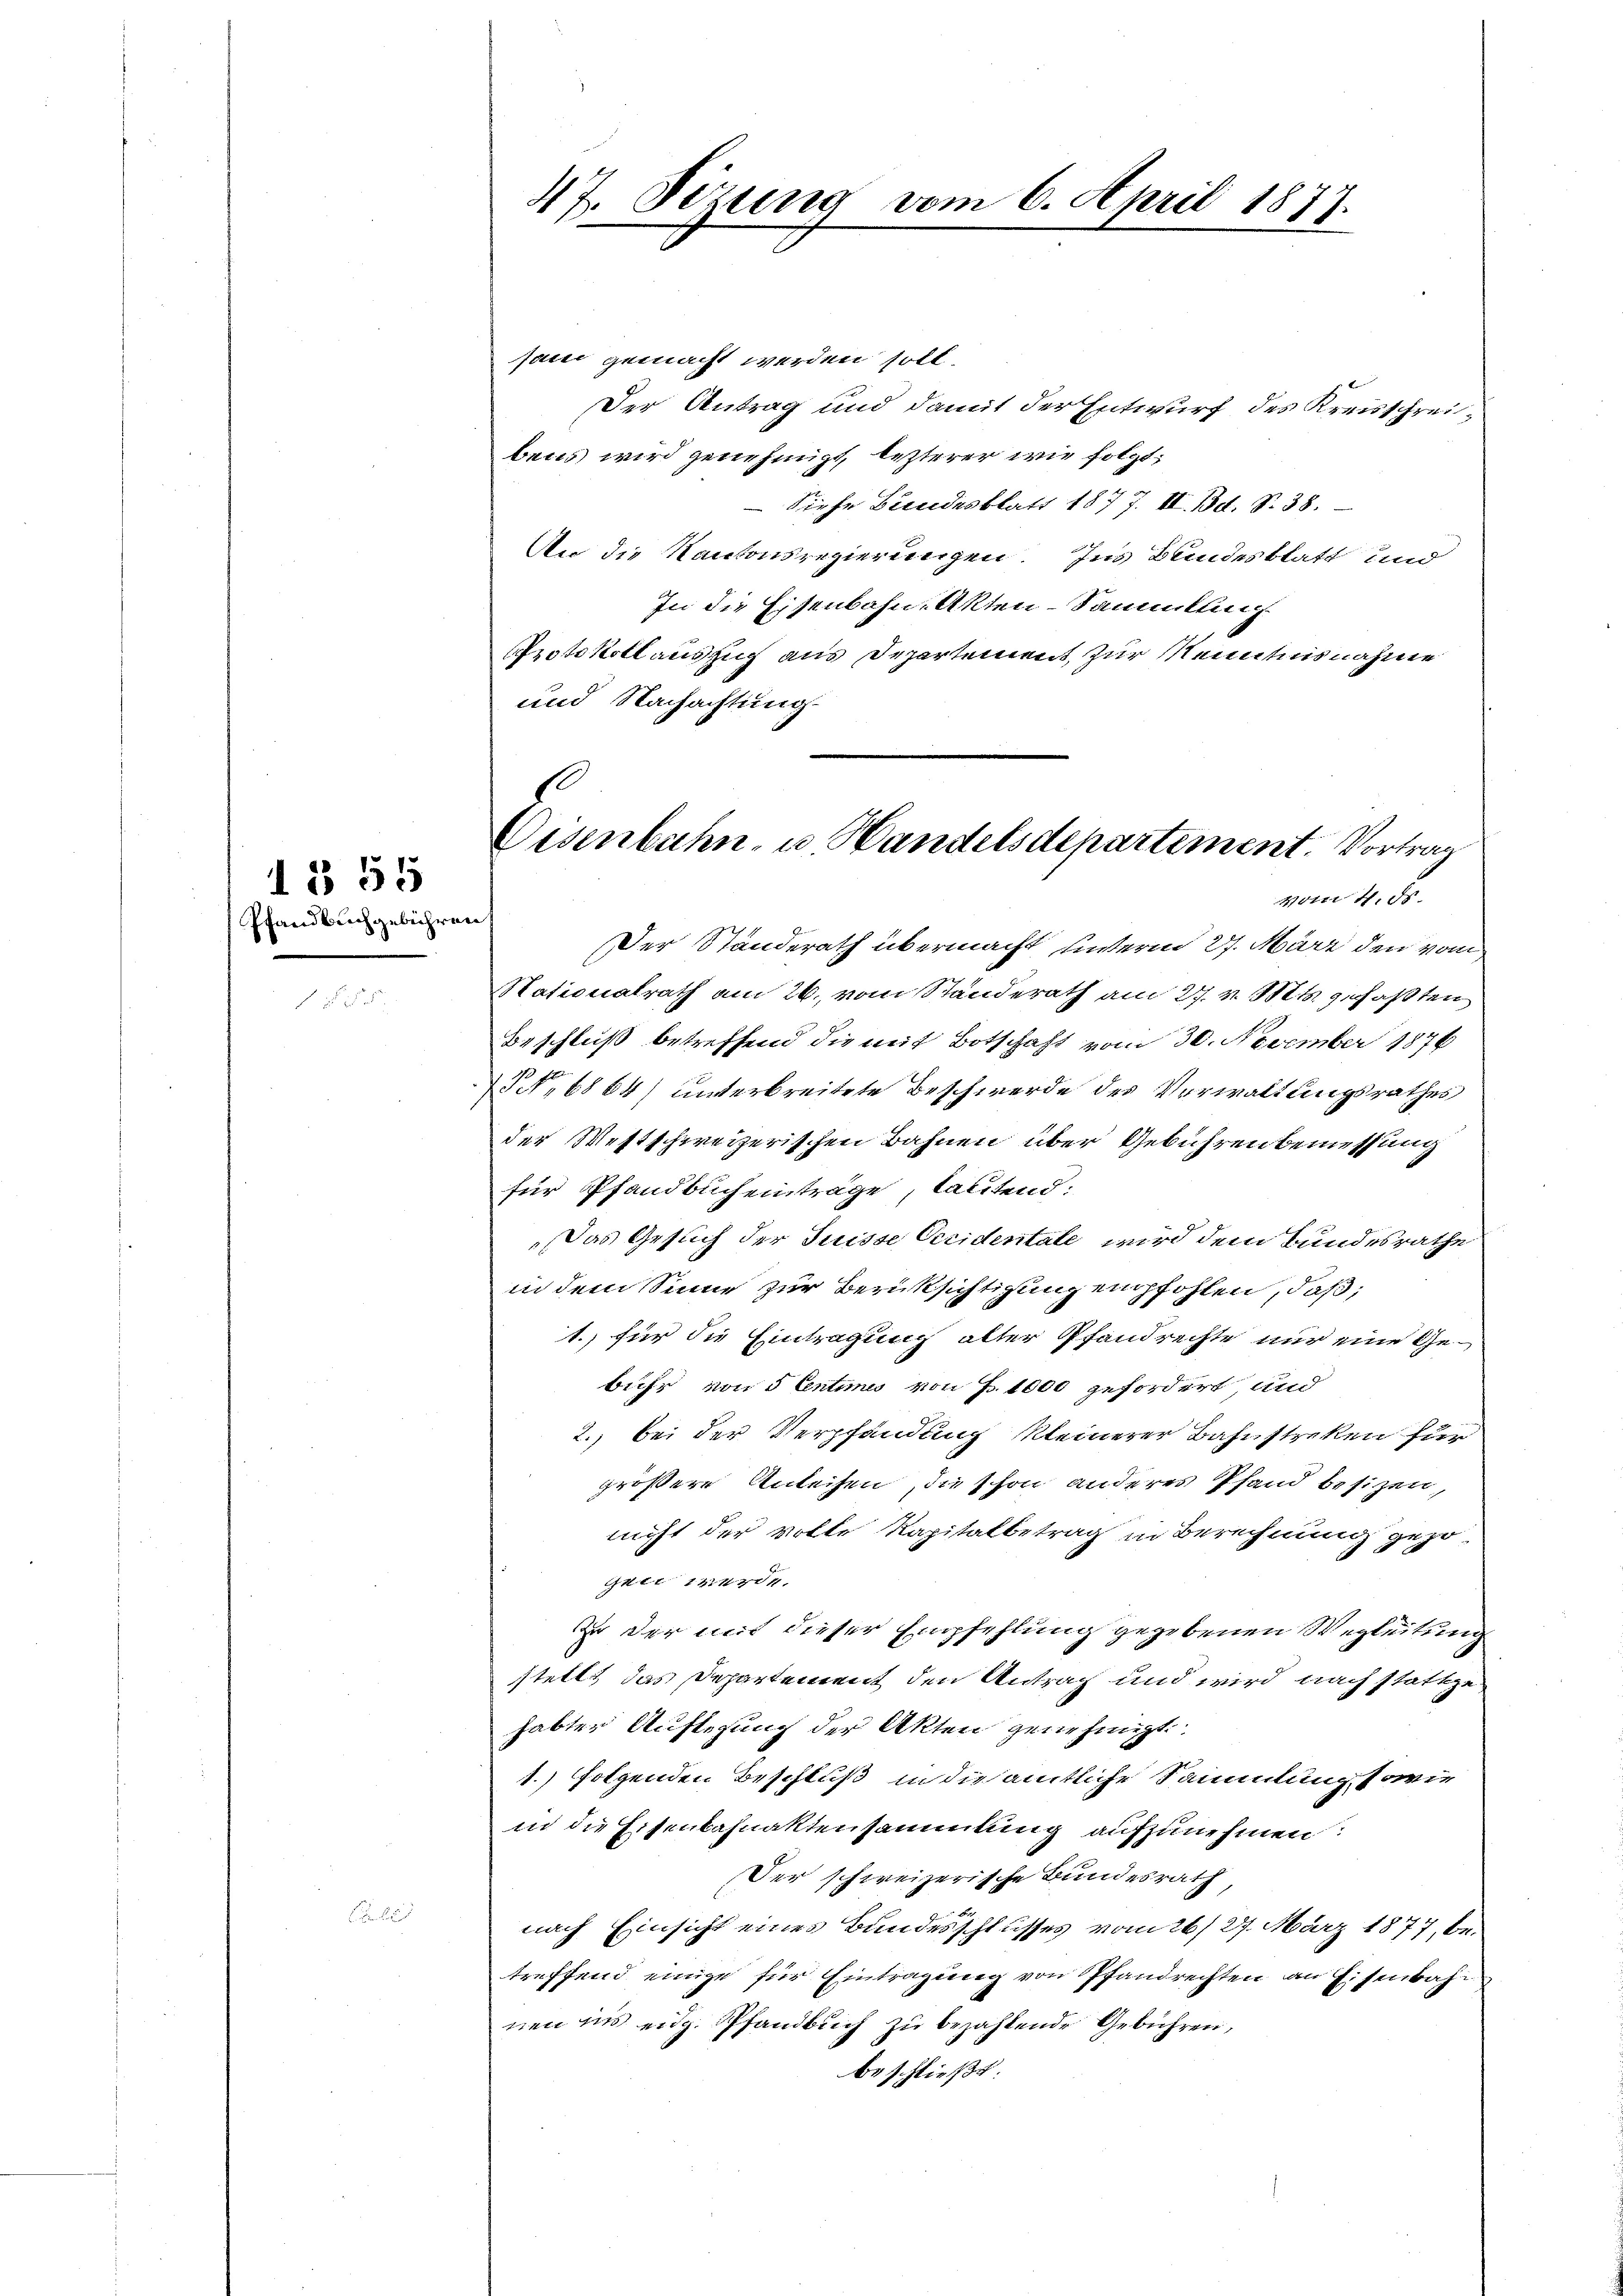
Pfandbuchgebühren.

1 § 55

.

47. Sizung vom 6. April 1877.

.
Eisenbahn- u. Handelsdepartement. Vortrag
vom 4. ds.

sam gemacht werden soll.
Der Antrag und damit der Entwurf des Kreisschreibens wird genehmigt, lezterer wie folgt,
Siehe Bundesblatt 1877. II. Bd. S. 38.
An die Kantonsregierungen. Ins Bundesblatt und
In die Eisenbahn, Akten-Sammlung
Protokoll auszug aus Departement, zur Kenntnisnahme
und Nachachtung

Der Ständerath übermacht unterm 27. März den vom
Nationalrath am 26. vom Standerath am 27. v. Mts. gefaßten
Beschluß betreffend die mit Botschaft vom 30. November 1876
 No 6864) unterbreitete Beschwerde des Verwaltungsrathes
der Westschweizerischen Bahnen über Gebühren bemessung
für Pfandbucheinträge, lautend:
Das Gesuch der Suisse Oeridentale wird dem Bundesrathe
in dem Sinne zur Berücksichtigung empfohlen, daß,
1. für die Eintragung alter Pfandrechte nur eine Gebühr von 5 Centimes von P. 1000 gefordert und
2., bei der Verpfandung kleinerer Bahnstreken für
größere Anleihen, die schon anderes Pfand besizen,
nicht der volle Kapitalbetrag in Berechnung gezogen werde.
Zu der mit dieser Empfehlung gegebenen Wegleitung
stellt das Departement den Antrag und wird nach stattgehabter Auflegung der Akten genehmigt.
1.) folgenden Beschluß in die amtliche Sammlung sowie
in die Eisenbahnaktensammlung aufzunehmen:
Der schweizerische Bundesrath
nach Einsicht eines Bundesschlusses vom 26/27. März 1877, betreffend einige für Eintragung von Pfandrechten an Eisenbahnen ins eidg. Pfandbuch zu bezahlende Gebühren,
beschließt: